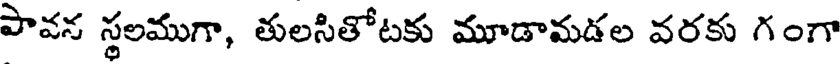
పావన స్థలముగా, తులసితోటకు మూడామడల వరకు గంగా